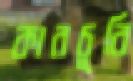
কারচুবি